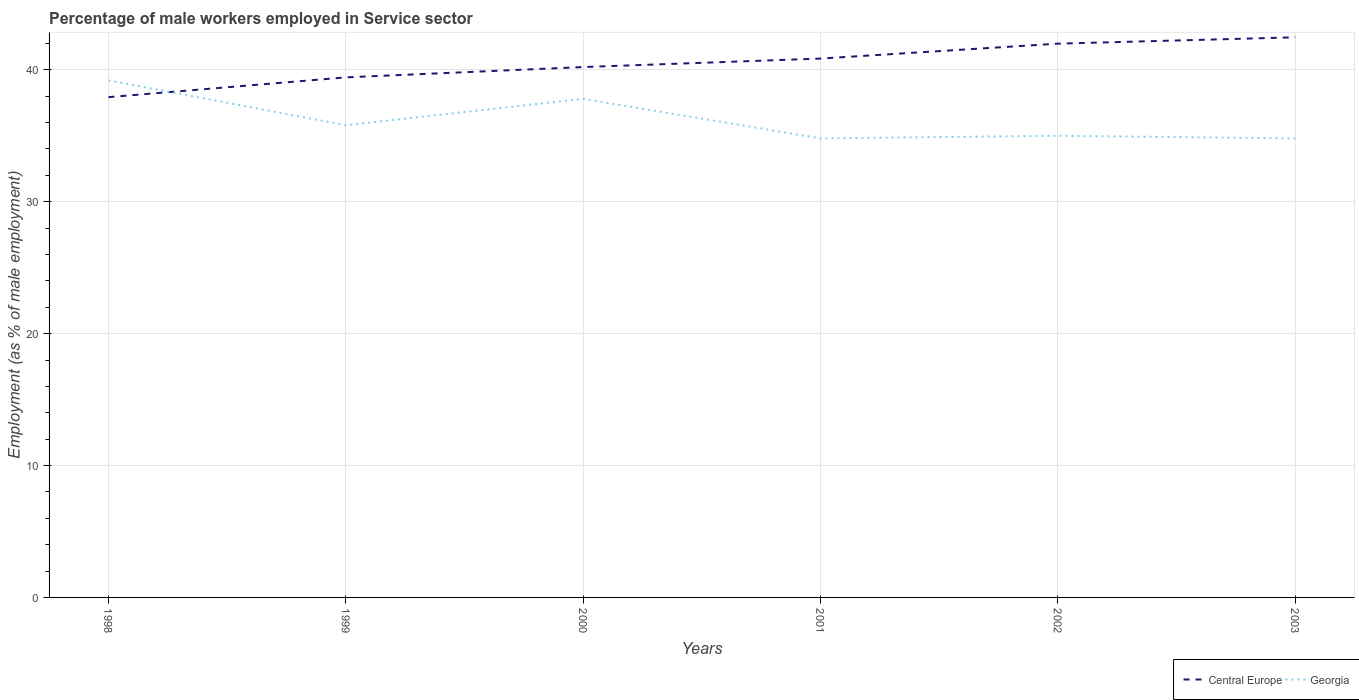
| Years | Central Europe | Georgia |
 | --- | --- | --- |
 | 1998 | 37.9 | 39.2 |
 | 1999 | 39.4 | 35.8 |
 | 2000 | 40.2 | 37.8 |
 | 2001 | 40.9 | 34.8 |
 | 2002 | 42 | 35 |
 | 2003 | 42.5 | 34.8 |